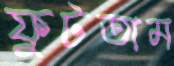
ফুটতাম